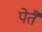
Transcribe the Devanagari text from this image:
पेतैं